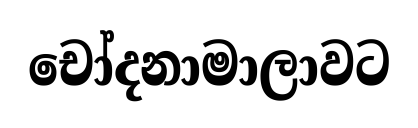
චෝදනාමාලාවට